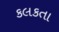
કલકતા